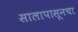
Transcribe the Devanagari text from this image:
सालापासूनचा